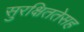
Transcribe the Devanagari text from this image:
सुरक्षिततेसह